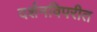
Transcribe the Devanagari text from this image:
दर्शनविपरीत